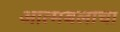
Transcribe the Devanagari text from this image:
आत्मबलाचा